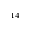
^ { 1 4 }